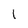
Character: 1